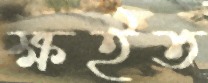
ক্ষইত